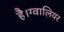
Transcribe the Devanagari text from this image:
है।ग्वालियर